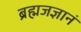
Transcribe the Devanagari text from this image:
ब्रह्मजज्ञानं